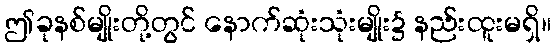
ဤခုနစ်မျိုးတို့တွင် နောက်ဆုံးသုံးမျိုး၌ နည်းထူးမရှိ။